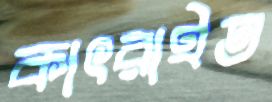
কাৎরাইত